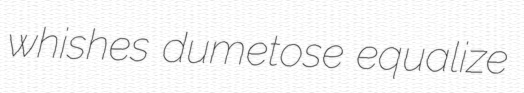
whishes dumetose equalize